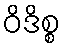
ဝိဒိစ္စ